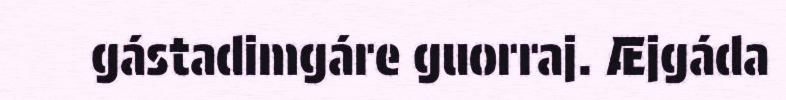
gástadimgáre guorraj. Æjgáda